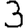
Digit: 3